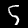
Digit: 5